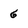
Character: 6